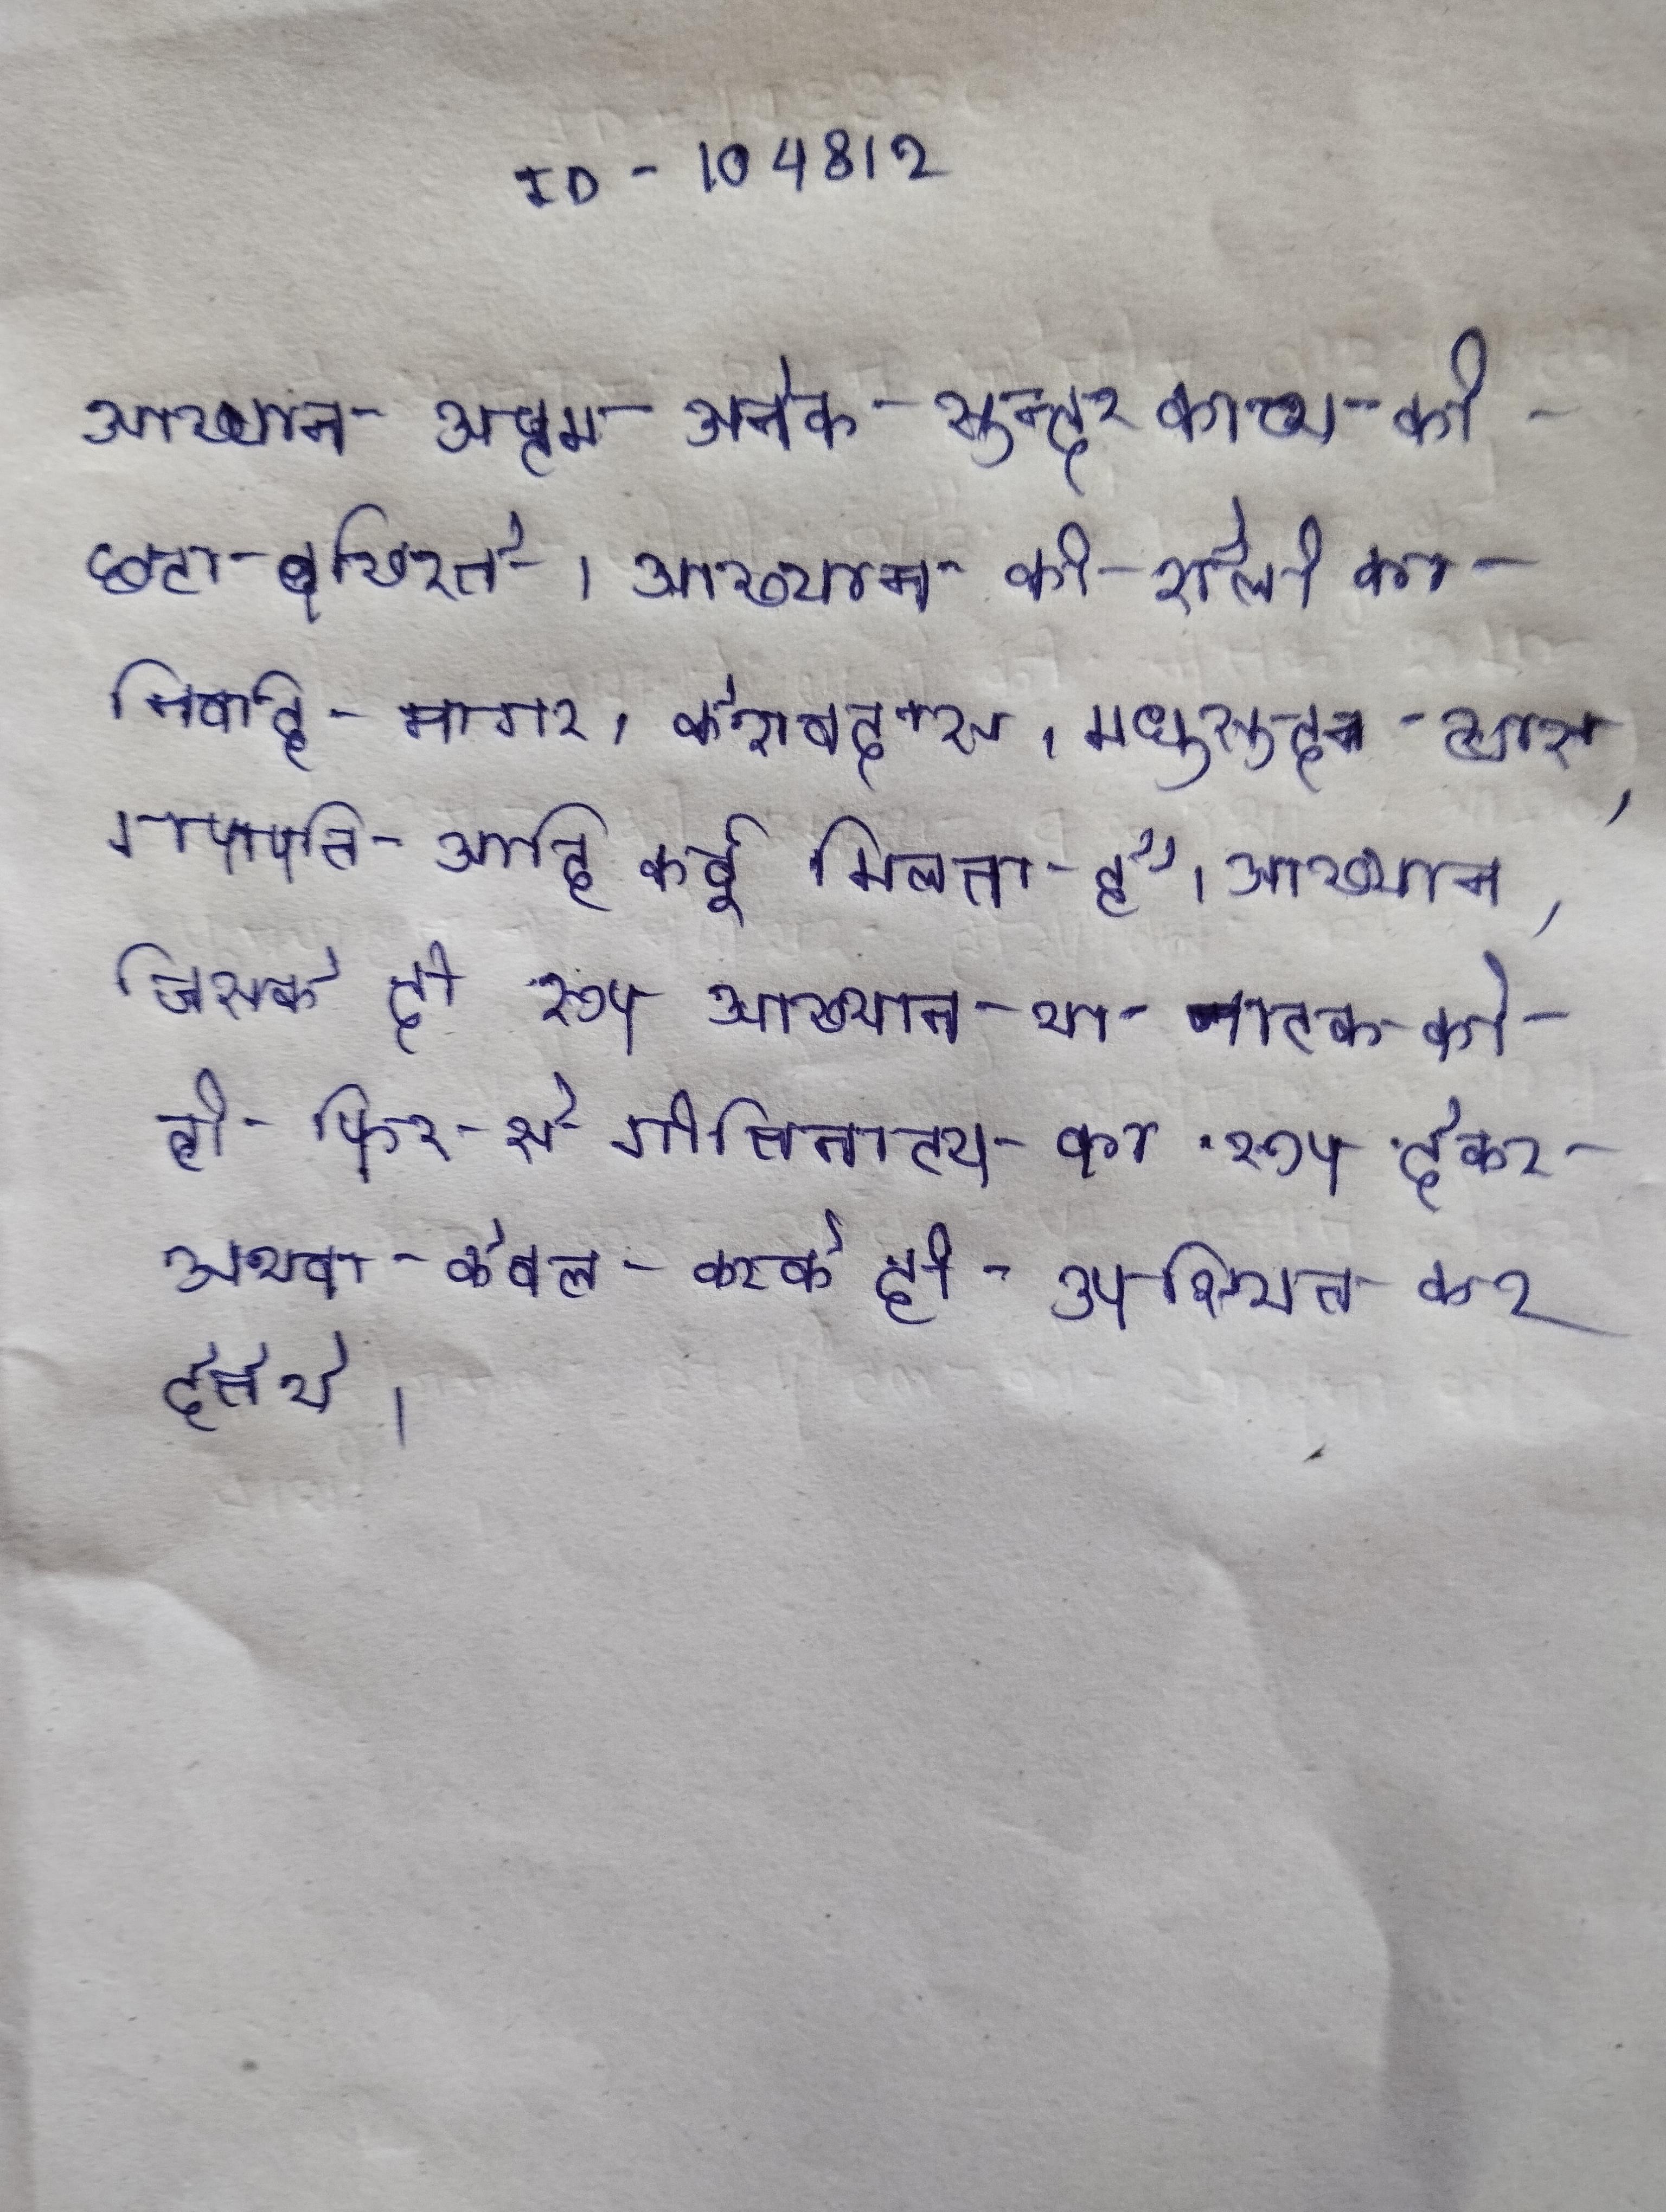
आख्यान अष्टम अनेक सुन्दर काव्य की छटा बखिरते । आख्यान की शैली का निर्वाह नागर, केशवदास, मधुसूदन व्यास, गणपति आदि कई मिलता है, इसका चरमपरिपाक दिखाई है । आख्यान, जिसके दो रूप आख्यान या नाटक को ही फिर से गीतिनाट्य का रूप देकर अथवा केवल करके ही उपस्थित कर देते थे ।